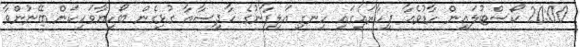
20:00 ކޯސްޓުލައިން ހާޑުވެއާ ފިހާރައިގައި ހިނގި އަލިފާނުގެ ހާދިސާއާ ގުޅިގެން ބޯހިޔާވަހިކަން ބޭނުންވާ